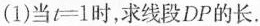
(1)当$$t = 1$$时，求线段DP的长.